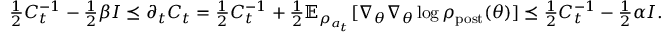
\begin{array} { r } { \frac { 1 } { 2 } C _ { t } ^ { - 1 } - \frac { 1 } { 2 } \beta I \preceq \partial _ { t } { C } _ { t } = \frac { 1 } { 2 } C _ { t } ^ { - 1 } + \frac { 1 } { 2 } \mathbb { E } _ { \rho _ { a _ { t } } } [ \nabla _ { \theta } \nabla _ { \theta } \log \rho _ { \mathrm { p o s t } } ( \theta ) ] \preceq \frac { 1 } { 2 } C _ { t } ^ { - 1 } - \frac { 1 } { 2 } \alpha I . } \end{array}